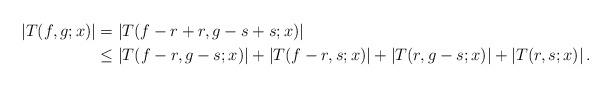
LaTeX: \begin{align*} \left|T(f,g;x)\right| &=\left|T(f-r+r,g-s+s;x)\right|\\ &\leq \left|T(f-r,g-s;x)\right|+\left|T(f-r,s;x)\right|+\left|T(r,g-s;x)\right|+\left|T(r,s;x)\right|.\end{align*}